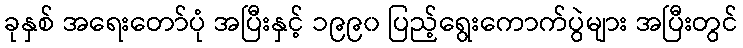
ခုနှစ် အရေးတော်ပုံ အပြီးနှင့် ၁၉၉၀ ပြည့်ရွေးကောက်ပွဲများ အပြီးတွင်